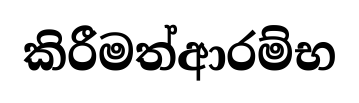
කිරීමත්ආරම්භ